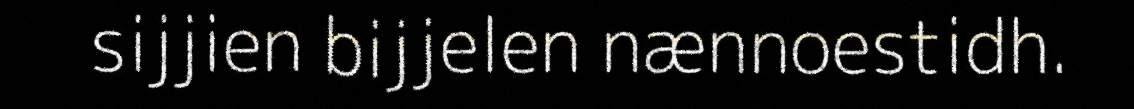
sijjien bijjelen nænnoestidh.